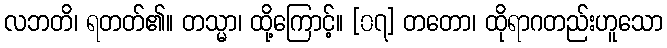
လဘတိ၊ ရတတ်၏။ တသ္မာ၊ ထို့ကြောင့်။ [၀၇] တတော၊ ထိုရာဂတည်းဟူသော